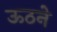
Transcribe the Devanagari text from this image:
ऊठने